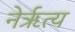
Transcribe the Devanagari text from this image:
नेर्ऋत्य